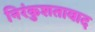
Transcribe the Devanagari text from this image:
निरंकुशतावाद